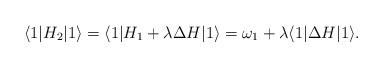
LaTeX: \begin{align*}\langle 1|H_2|1\rangle=\langle 1|H_1+\lambda\Delta H|1\rangle=\omega_1+\lambda\langle 1|\Delta H|1\rangle.\end{align*}